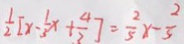
\frac { 1 } { 2 } [ x - \frac { 1 } { 3 } x + \frac { 4 } { 3 } ] = \frac { 2 } { 5 } x - \frac { 2 } { 3 }